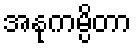
အနုကမ္ပိတာ